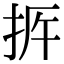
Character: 𢫳